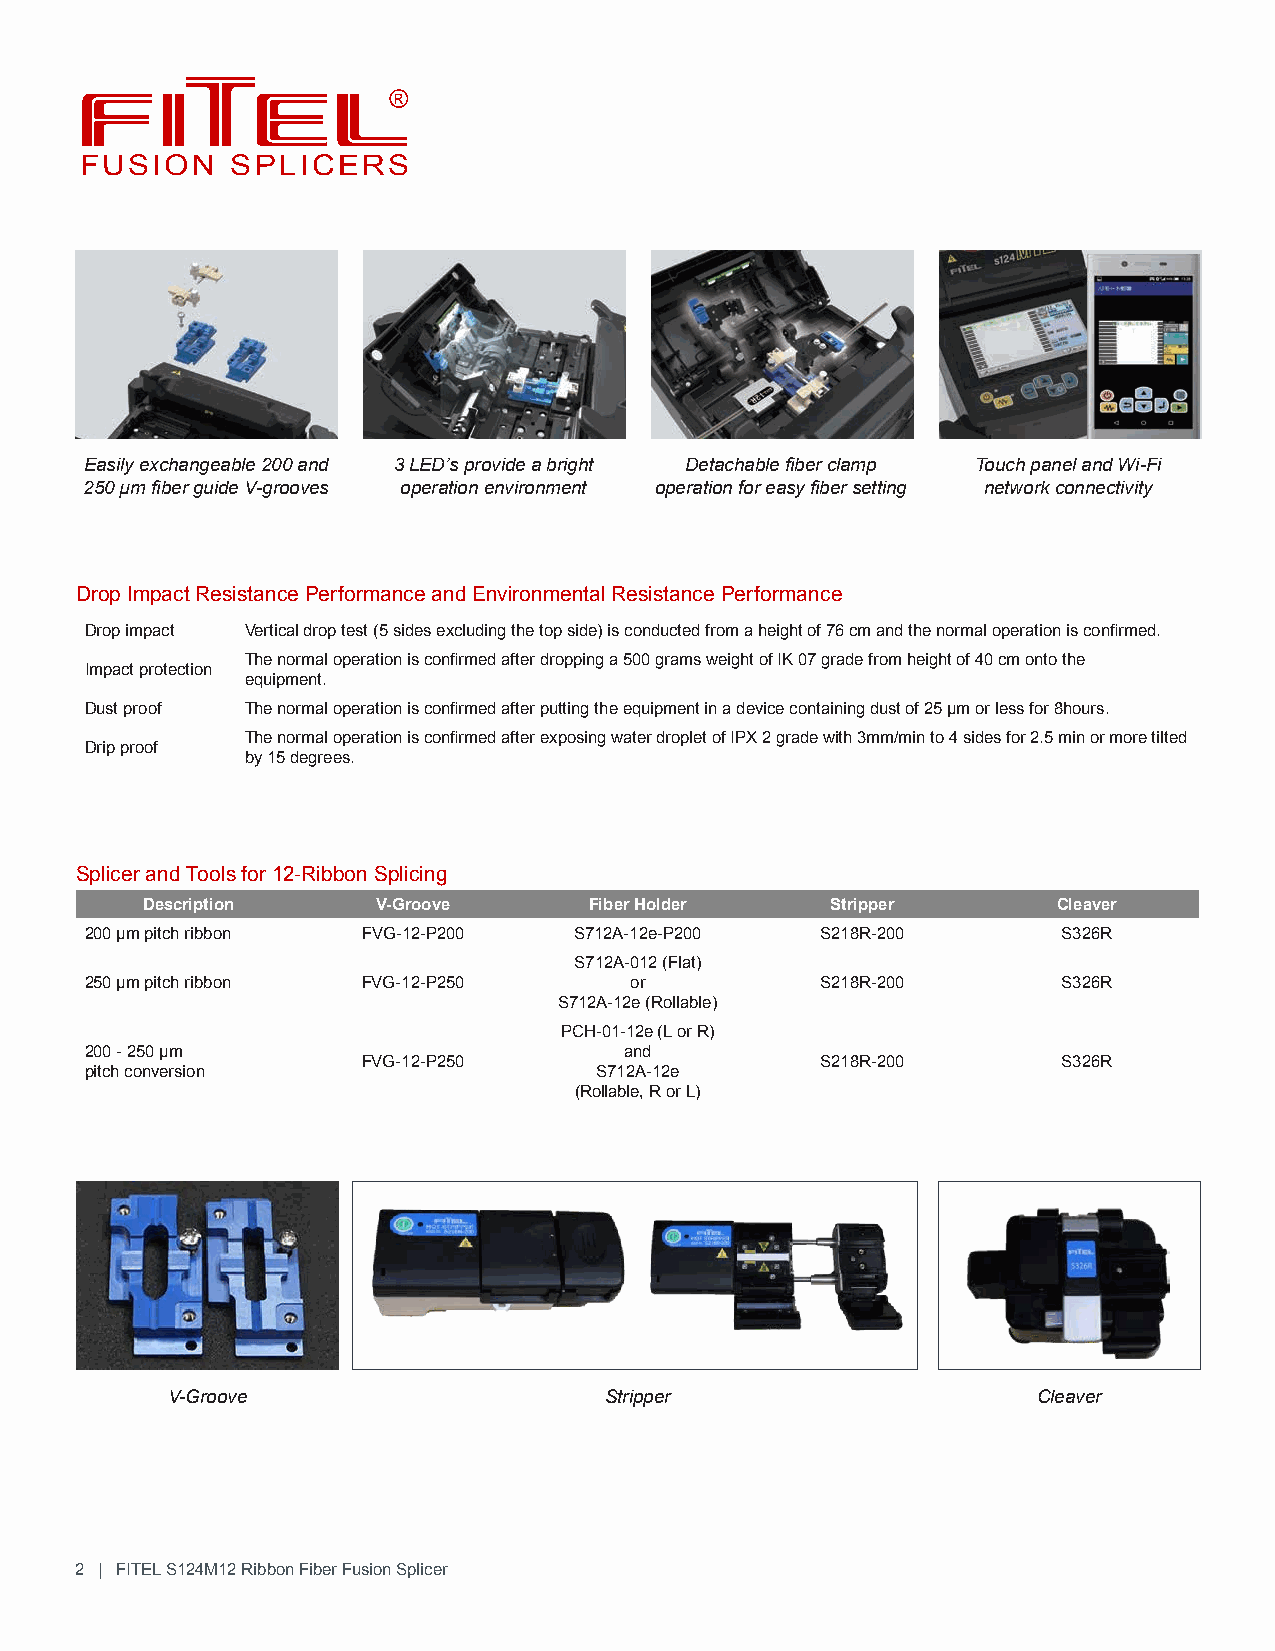
FUSION    SPLICERS
 Easily exchangeable 200 and 3 LED’s provide a bright Detachable fiber clamp Touch panel and Wi-Fi
 250 µm fiber guide V-grooves operation environment operation for easy fiber setting network connectivity
 Drop Impact Resistance Performance and Environmental Resistance Performance
 Drop impact Vertical drop test (5 sides excluding the top side) is conducted from a height of 76 cm and the normal operation is confirmed.
 The normal operation is confirmed after dropping a 500 grams weight of IK 07 grade from height of 40 cm onto the
 Impact protection
 equipment.
 Dust proof The normal operation is confirmed after putting the equipment in a device containing dust of 25 μm or less for 8hours.
 The normal operation is confirmed after exposing water droplet of IPX 2 grade with 3mm/min to 4 sides for 2.5 min or more tilted
 Drip proof
 by 15 degrees.
 Splicer and Tools for 12-Ribbon Splicing
 Description     V-Groove      Fiber Holder    Stripper       Cleaver
 200 µm pitch ribbon FVG-12-P200 S712A-12e-P200  S218R-200       S326R
 S712A-012 (Flat)
 250 µm pitch ribbon FVG-12-P250     or          S218R-200       S326R
 S712A-12e (Rollable)
 PCH-01-12e (L or R)
 200 - 250 µm                       and
 FVG-12-P250                   S218R-200       S326R
 pitch conversion                 S712A-12e
 (Rollable, R or L)
 V-Groove                     Stripper                     Cleaver
 2 | FITEL S124M12 Ribbon Fiber Fusion Splicer